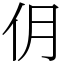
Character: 仴